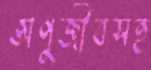
অণুজীবসহ